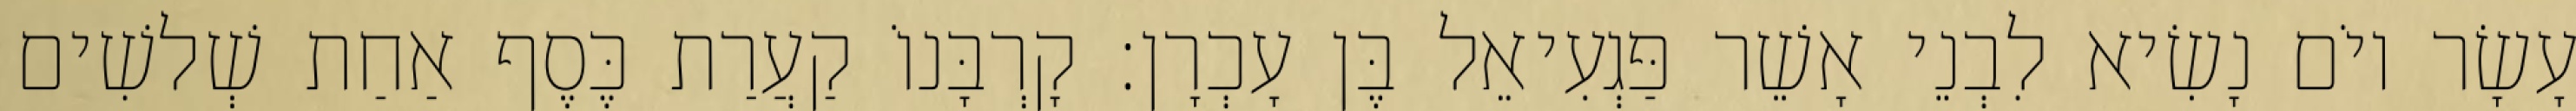
עָשָׂר יוֹם נָשִׂיא לִבְנֵי אָשֵׁר פַּגְעִיאֵל בֶּן עָכְרָן׃ קָרְבָּנוֹ קַעֲרַת כֶּסֶף אַחַת שְׁלשִׁים